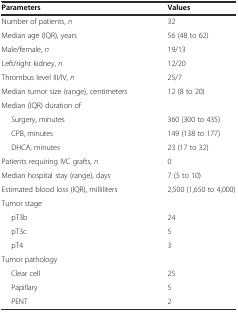
| Parameters | Values |
 | --- | --- |
 | Number of patients, n | 32 |
 | Median age (IQR), years | 56 (48 to 62) |
 | Male/female, n | 19/13 |
 | Left/right kidney, n | 12/20 |
 | Thrombus level III/IV, n | 25/7 |
 | Median tumor size (range), centimeters | 12 (8 to 20) |
 | <COLSPAN=2> Median (IQR) duration of |
 | Surgery, minutes | 360 (300 to 435) |
 | CPB, minutes | 149 (138 to 177) |
 | DHCA, minutes | 23 (17 to 32) |
 | Patients requiring IVC grafts, n | 0 |
 | Median hospital stay (range), days | 7 (5 to 10) |
 | Estimated blood loss (IQR), milliliters | 2,500 (1,650 to 4,000) |
 | <COLSPAN=2> Tumor stage |
 | pT3b | 24 |
 | pT3c | 5 |
 | pT4 | 3 |
 | <COLSPAN=2> Tumor pathology |
 | Clear cell | 25 |
 | Papillary | 5 |
 | PENT | 2 |